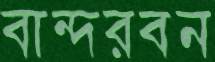
বান্দরবন